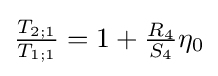
{\tfrac {T_{2;1}}{T_{1;1}}}=1+{\tfrac {R_{4}}{S_{4}}}{\eta _{0}}